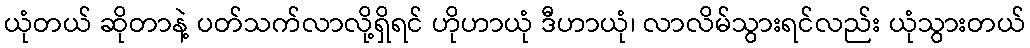
ယုံတယ် ဆိုတာနဲ့ ပတ်သက်လာလို့ရှိရင် ဟိုဟာယုံ ဒီဟာယုံ၊ လာလိမ်သွားရင်လည်း ယုံသွားတယ်